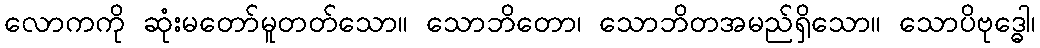
လောကကို ဆုံးမတော်မူတတ်သော။ သောဘိတော၊ သောဘိတအမည်ရှိသော။ သောပိဗုဒ္ဓေါ၊